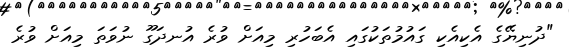
"ދުނިޔޭގެ އެކިއެކި ގައުމުތަކުގައި އެބަހުރި މިއަށް ވުރެ އުނދަގޫ ނުވަތަ މިއަށް ވުރެ